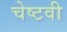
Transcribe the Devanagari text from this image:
चेष्टवी